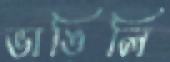
ভাঙিলি